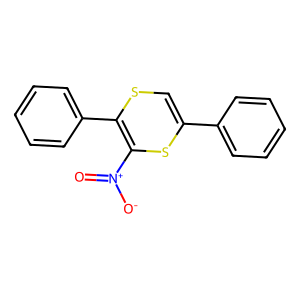
SMILES: O=[N+]([O-])C1=C(c2ccccc2)SC=C(c2ccccc2)S1
Inhibits HIV replication: No